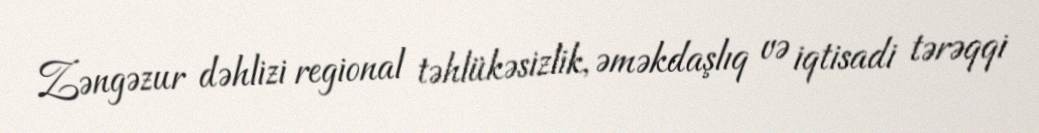
Zəngəzur dəhlizi regional təhlükəsizlik, əməkdaşlıq və iqtisadi tərəqqi